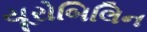
યૂરોબિલિન